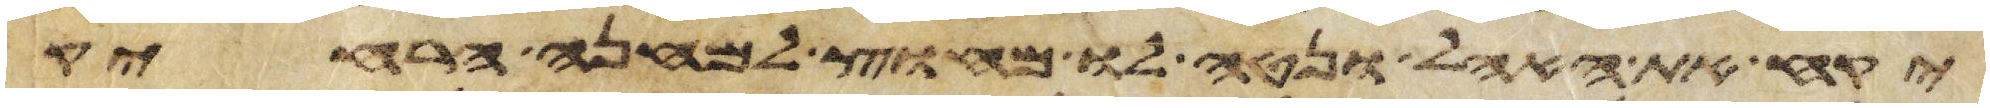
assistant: יקח את האהל ונטה לו מחוץ למחנה הרחיק